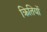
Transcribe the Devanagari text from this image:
क्रितियों